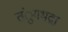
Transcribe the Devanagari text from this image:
तंुगभद्रा